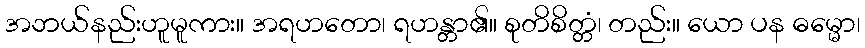
အဘယ်နည်းဟူမူကား။ အရဟတော၊ ရဟန္တာ၏။ စုတိစိတ္တံ၊ တည်း။ ယော ပန ဓမ္မော၊